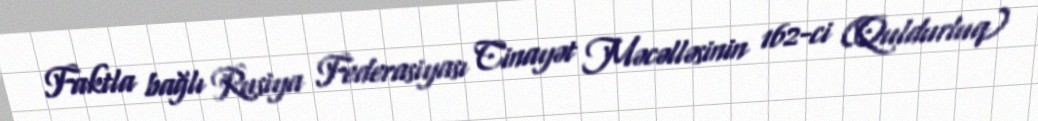
Faktla bağlı Rusiya Federasiyası Cinayət Məcəlləsinin 162-ci (Quldurluq)